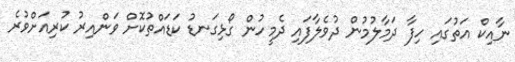
ނާއިކް އަތުގައި ހިފާ ދަމާލުމުން ދުވެލާފައި ދެމީހުން ގޯޅިގަނޑު ކަޑައްތުކޮށް ވަންއިރު ކުރިއަށްވުރެ